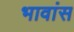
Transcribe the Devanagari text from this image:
भावांस